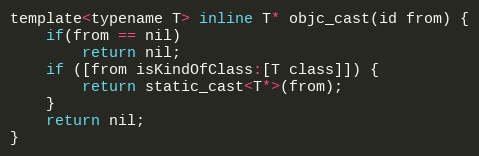
Language: C
template<typename T> inline T* objc_cast(id from) {
    if(from == nil)
        return nil;
    if ([from isKindOfClass:[T class]]) {
        return static_cast<T*>(from);
    }
    return nil;
}